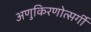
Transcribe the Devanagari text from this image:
अणुकिरणोत्सर्गी